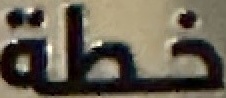
خطة